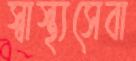
স্বাস্থ্যসেবা